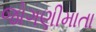
જોગણીમાતા